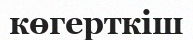
көгерткіш